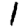
Digit: 1